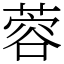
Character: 蓉